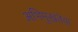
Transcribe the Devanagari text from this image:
अभिमुखतेचा